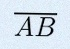
\overline{AB}